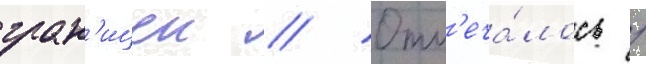
гран'ицеи // Отм'еча́лось /